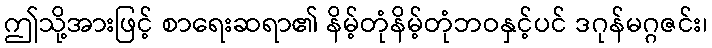
ဤသို့အားဖြင့် စာရေးဆရာ၏ နိမ့်တုံနိမ့်တုံဘဝနှင့်ပင် ဒဂုန်မဂ္ဂဇင်း၊